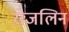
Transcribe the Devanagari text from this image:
रोजलिन